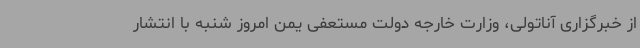
از خبرگزاری آناتولی، وزارت خارجه دولت مستعفی یمن امروز شنبه با انتشار